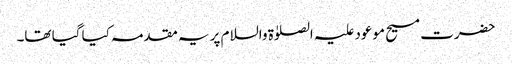
حضرت مسیح موعود علیہ الصلوٰۃ والسلام پر یہ مقدمہ کیا گیا تھا۔